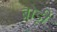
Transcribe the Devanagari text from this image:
ब्रोड़ी